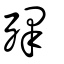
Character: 殬